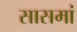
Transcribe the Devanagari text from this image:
सासमां